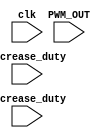
`timescale 1ns / 1ps
//////////////////////////////////////////////////////////////////////////////////
// Company: 
// Engineer: 
// 
// Design Name: 
// Module Name: pwm_generator
// Project Name: 
// Target Devices: 
// Tool Versions: 
// Description: 
// 
// Dependencies: 
// 
// Revision:
// Revision 0.01 - File Created
// Additional Comments:
// 
//////////////////////////////////////////////////////////////////////////////////


module pwm_generator(
    input clk,
    input increase_duty,
    input decrease_duty,
    input PWM_OUT
    );
endmodule